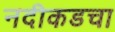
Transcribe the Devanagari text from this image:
नदीकडचा